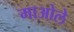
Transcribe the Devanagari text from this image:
माओले